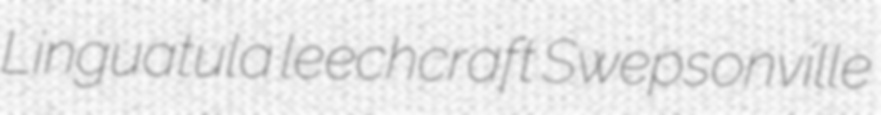
Linguatula leechcraft Swepsonville